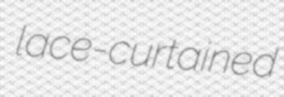
lace-curtained